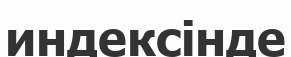
индексінде